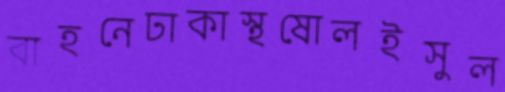
বাহনেঢাকাস্থষোলইসুল